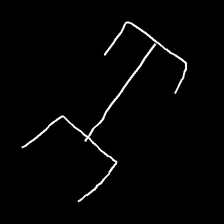
Glyph: entwine